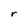
Character: r